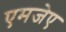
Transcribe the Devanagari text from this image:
एमजेए